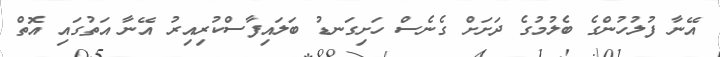
އޭނާ ފުލުހުންގެ ބެލުމުގެ ދަށަށް ގެނެސް ހަށިގަނޑު ބަލައިފާސްކުރިއިރު އޭނާ އަތުގައި އޮތް